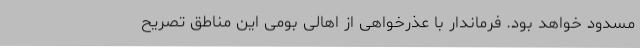
مسدود خواهد بود. فرماندار با عذرخواهی از اهالی بومی این مناطق تصریح